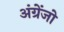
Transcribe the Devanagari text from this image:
अंग्रेंजो